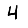
Digit: 4